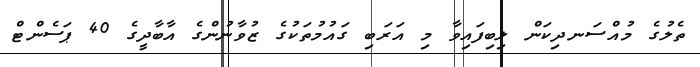
ތެލުގެ މުއްސަނދިކަން ލިބިފައިވާ މި އަރަބި ގައުމުތަކުގެ ޒުވާނުންގެ އާބާދީގެ 40 ޕަސެންޓް